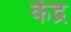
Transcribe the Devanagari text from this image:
केंद्र